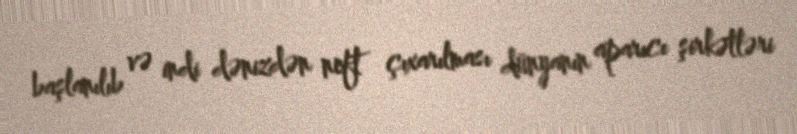
başlanılıb və indi dənizdən neft çıxarılması dünyanın aparıcı şirkətləri